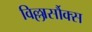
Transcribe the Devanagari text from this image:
विल्लार्सौक्स